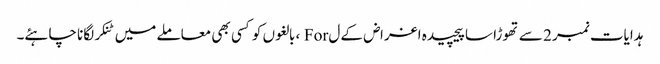
ہدایات نمبر 2 سے تھوڑا سا پیچیدہ اغراض کے ل For ، بالغوں کو کسی بھی معاملے میں ٹنکر لگانا چاہئے۔